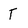
Character: T